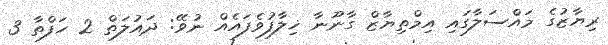
ރިޔާޒުގެ މައްސަލާގައި އިމްތިޔާޒް ގާނޫނާ ޚިލާފުވެފައެއް ނުވޭ: ދައުލަތް 2 ހަފްތާ 3